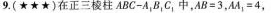
9.(★★★)在正三棱柱ABC-A_{1}B_{1}C_{1}中.$$A B = 3$$.$$A A _ { 1 } = 4$$，